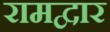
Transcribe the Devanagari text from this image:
रामद्वार